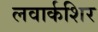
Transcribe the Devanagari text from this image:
लवार्कशिर